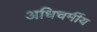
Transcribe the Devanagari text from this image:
अधिचर्मीय